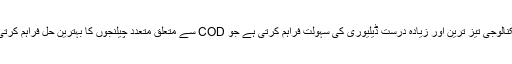
یہ ٹیکنالوجی تیز ترین اور زیادہ درست ڈیلیوری کی سہولت فراہم کرتی ہے جو COD سے متعلق متعدد چیلنجوں کا بہترین حل فراہم کرتی ہے۔